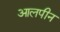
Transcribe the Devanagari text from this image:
आलपीन